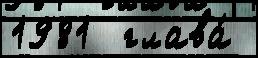
1981  глава́